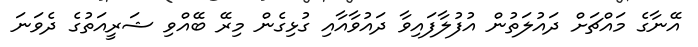
އޭނާގެ މައްޗަށް ދައުލަތުން އުފުލާފައިވާ ދައުވާއާއި ގުޅިގެން މިރޭ ބޭއްވި ޝަރީއަތުގެ ދެވަނަ